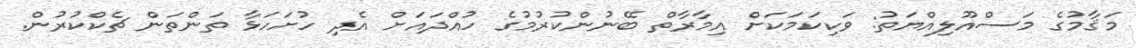
މަޤާމުގެ މަސްއޫލިއްޔަތު: ވަކިކަމަކަށް އިމާރާތް ބޭނުންކުރުމުގެ ހުއްދައަށް އެދި ހުށަހަޅާ ތަންތަން ޗެކްކުރުން.